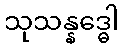
သုသန္နဒ္ဓေါ